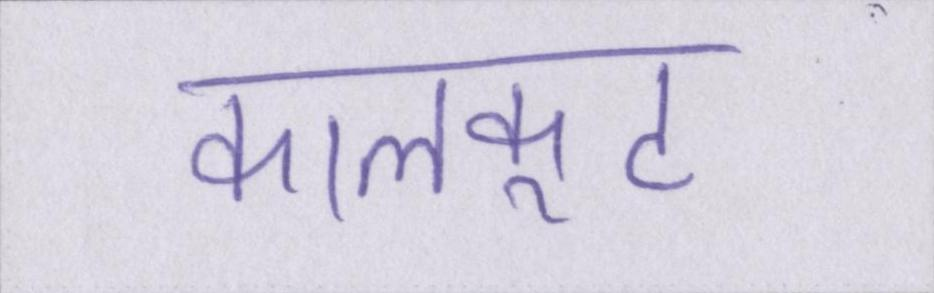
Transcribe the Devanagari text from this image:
कालकूट